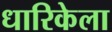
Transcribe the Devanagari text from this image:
धारिकेला